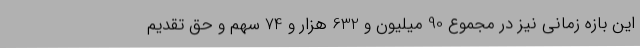
این بازه زمانی نیز در مجموع 90 میلیون و 632 هزار و 74 سهم و حق تقدیم